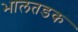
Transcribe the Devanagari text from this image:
भालतडक